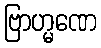
ဗြာဟ္မဏေ